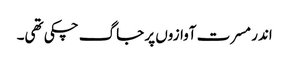
اندر مسرت آوازوں پر جاگ چکی تھی۔